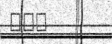
١٠٢